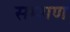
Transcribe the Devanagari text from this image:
सम्शण